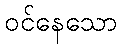
ဝင်နေသော